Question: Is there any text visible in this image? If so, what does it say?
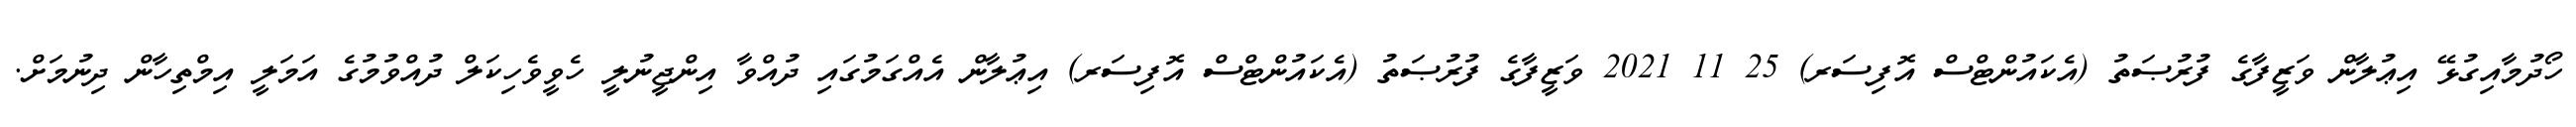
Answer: ހޯދުމާއިގުޅޭ އިޢުލާން ވަޒީފާގެ ފުރުޞަތު (އެކައުންޓްސް އޮފިސަރ) 25 11 2021 ވަޒީފާގެ ފުރުޞަތު (އެކައުންޓްސް އޮފިސަރ) އިޢުލާން އެއްގަމުގައި ދުއްވާ އިންޖީނުލީ ހެވީވެހިކަލް ދުއްވުމުގެ އަމަލީ އިމްތިހާން ދިނުމަށް.